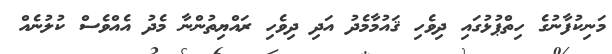
މަނިކުފާނުގެ ހިތްޕުޅުގައި ދިވެހި ޤައުމާމެދު އަދި ދިވެހި ރައްޔިތުންނާ މެދު އެއްވެސް ކުލުނެއް